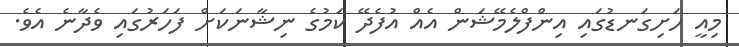
މިއީ ހަށިގަނޑުގައި އިންފްލެމޭޝަން އެއް އުފެދޭ ކަމުގެ ނިޝާނަކަށް ފަހަރުގައި ވެދާނެ އެވެ.